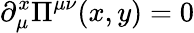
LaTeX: \partial_{\mu}^{x}\Pi^{\mu\nu}(x,y)=0